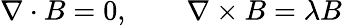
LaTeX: \nabla\cdot B=0,\qquad\nabla\times B=\lambda B